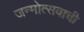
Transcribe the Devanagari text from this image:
जन्मोत्सवाची